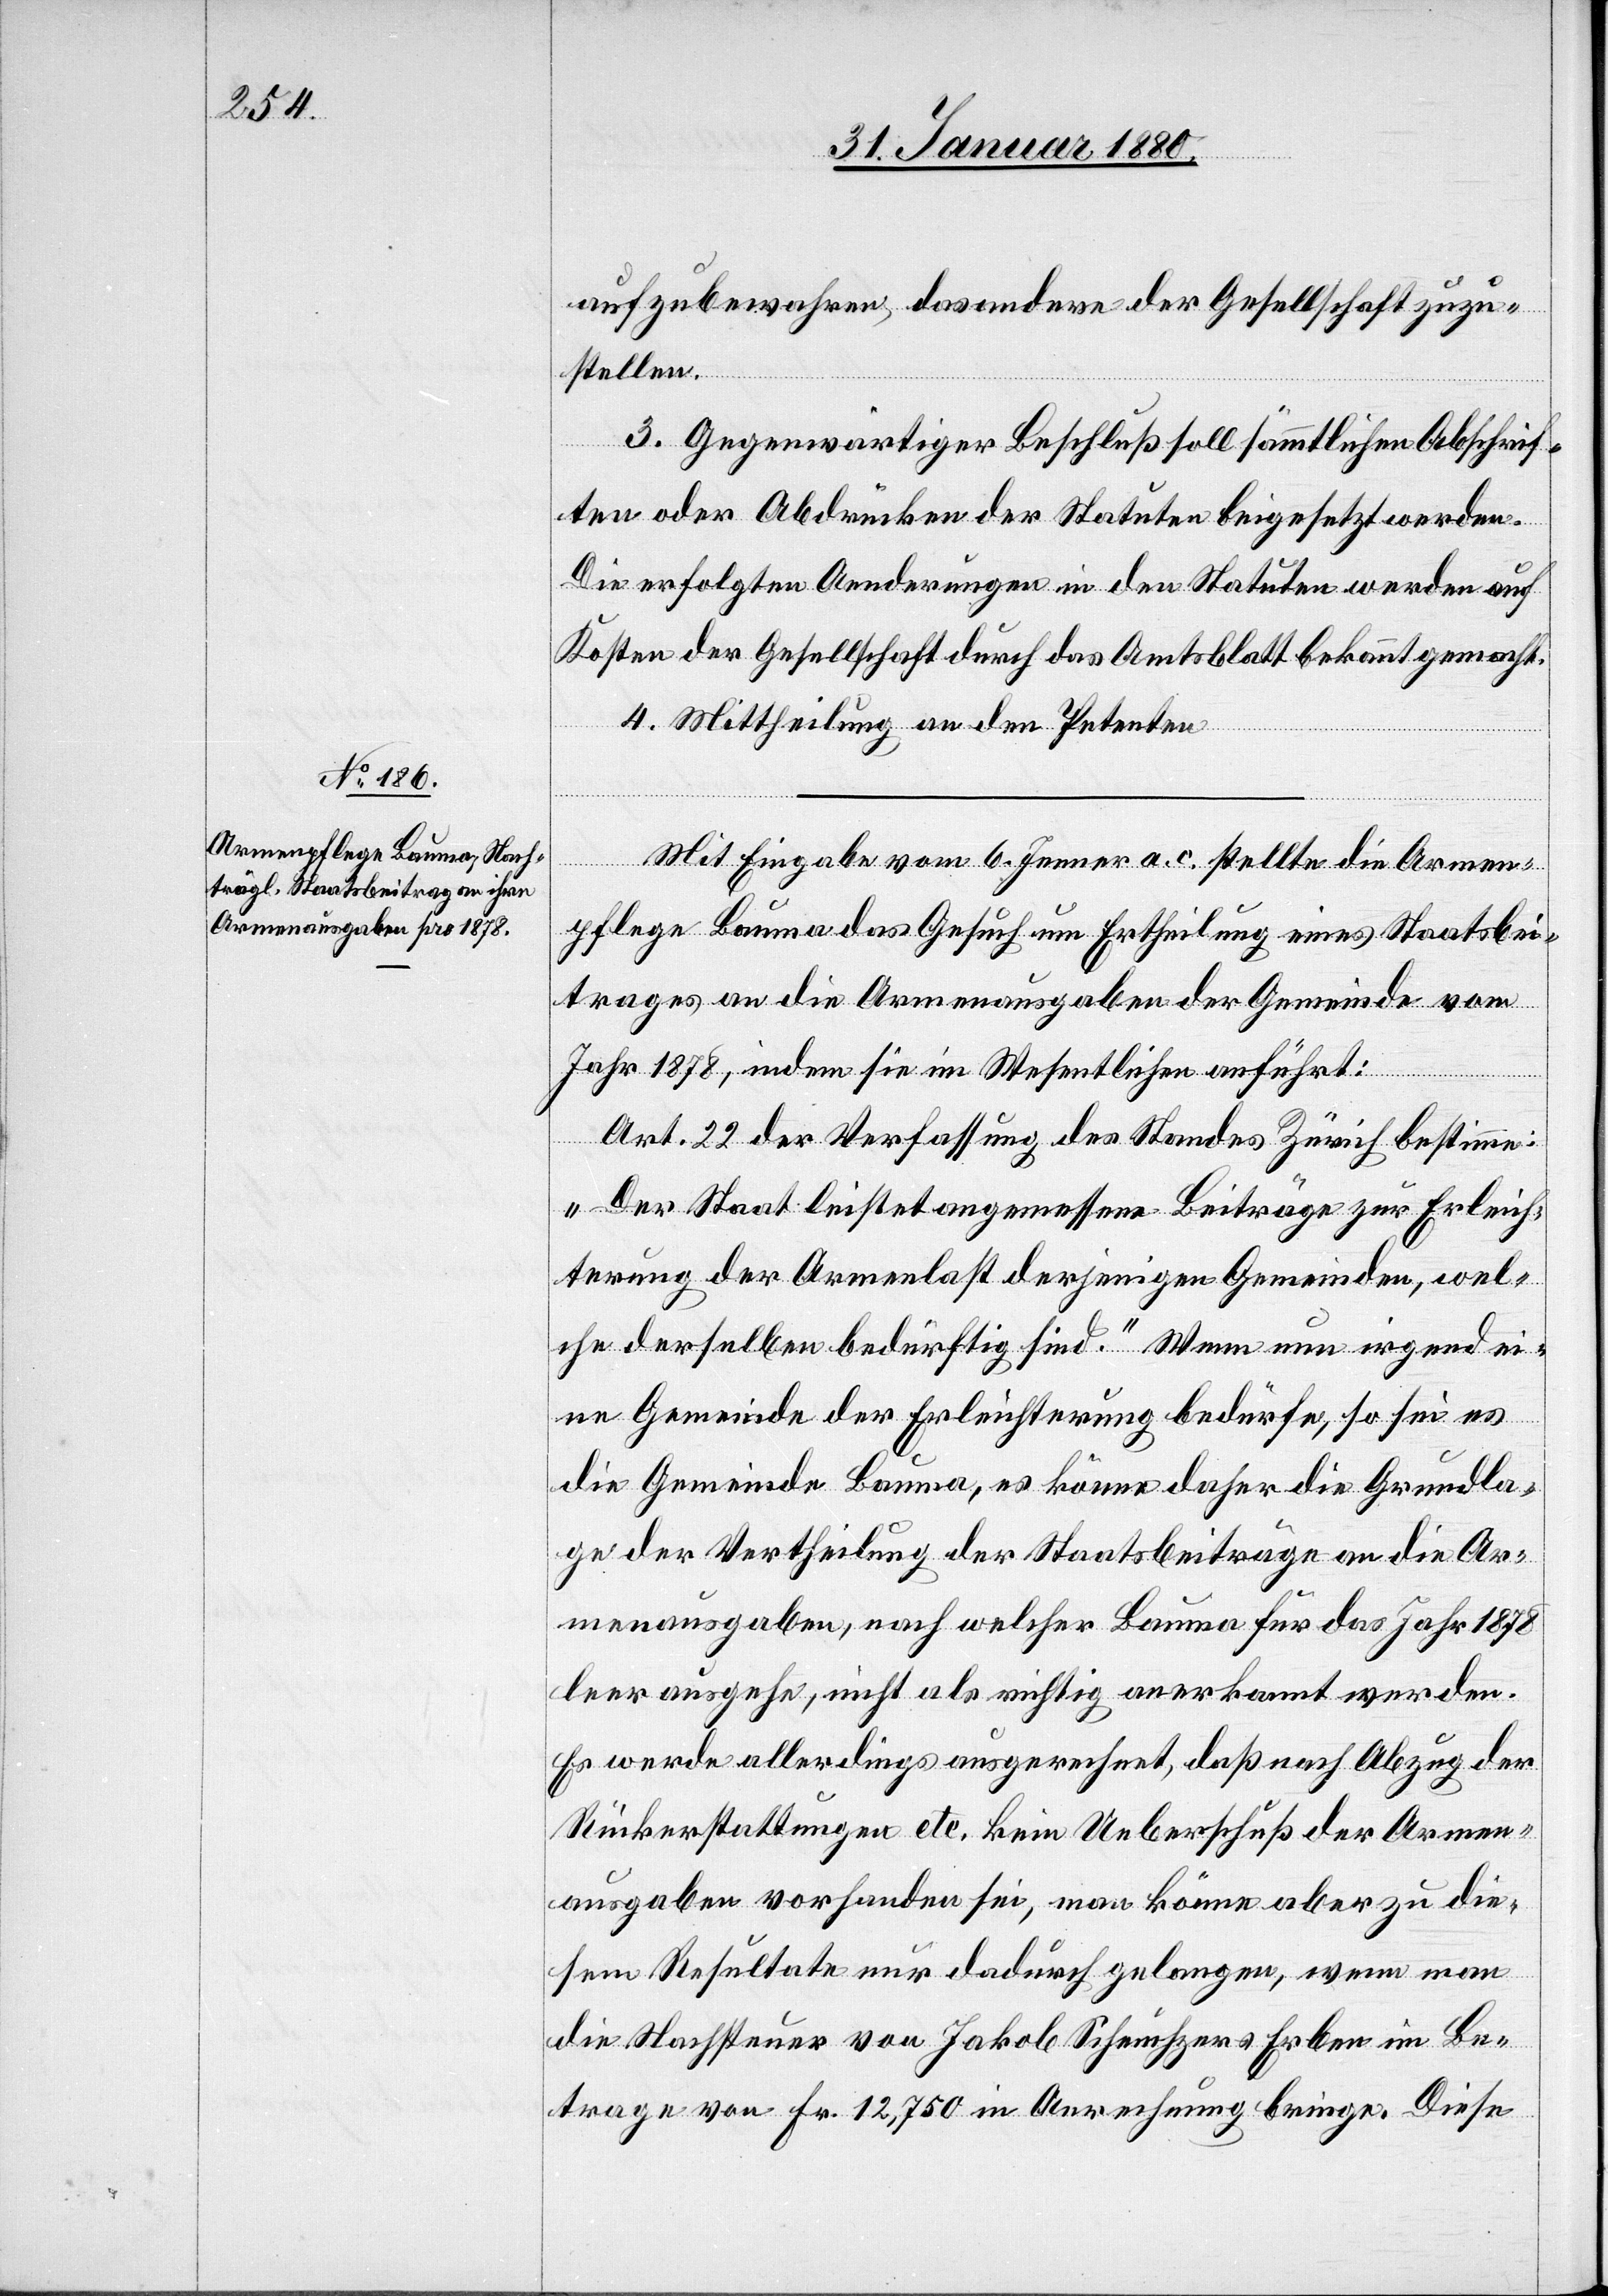
aufzubewahren, das andere der Gesellschaft zuzu¬
stellen.
3. Gegenwärtiger Beschluß soll sämmtlichen Abschrif¬
ten oder Abdrücken der Statuten beigesetzt werden.
Die erfolgten Aenderungen in den Statuten werden auf
Kosten der Gesellschaft durch das Amtsblatt bekannt gemacht.
4. Mittheilung an den Petenten.
Mit Eingabe vom 6. Jenner a. c. stellte die Armen¬
pflege Bauma das Gesuch um Ertheilung eines Staatsbei¬
trages an die Armenausgaben der Gemeinde vom
Jahr 1878, indem sie im Wesentlichen anführt:
Art. 22 der Verfassung des Standes Zürich bestimme:
„Der Staat leistet angemessene Beiträge zur Erleich¬
terung der Armenlast derjenigen Gemeinden, wel¬
che derselben bedürftig sind.“ Wenn nun irgend ei¬
ne Gemeinde der Erleichterung bedürfe, so sei es
die Gemeinde Bauma, es könne daher die Grundla¬
ge der Vertheilung der Staatsbeiträge an die Ar¬
menausgaben, nach welcher Bauma für das Jahr 1878
leer ausgehe, nicht als richtig anerkannt werden.
Es werde allerdings ausgerechnet, daß nach Abzug der
Rückerstattungen etc. kein Ueberschuß der Armen¬
ausgaben vorhanden sei, man könne aber zu die¬
sem Resultate nur dadurch gelangen, wenn man
die Nachsteuer von Jakob Scheuchzer Erben im Be¬
trage von Fr. 12, 750 in Anrechnung bringe. Diese